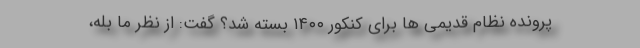
پرونده نظام قدیمی ها برای کنکور ۱۴۰۰ بسته شد؟ گفت: از نظر ما بله،